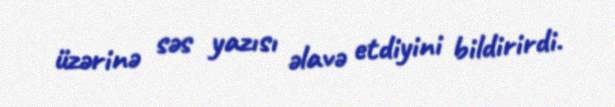
üzərinə səs yazısı əlavə etdiyini bildirirdi.